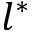
l ^ { * }